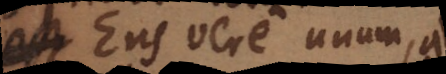
est Ens vere unum,